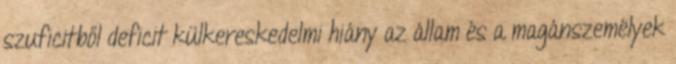
szuficitből deficit külkereskedelmi hiány az állam és a magánszemélyek